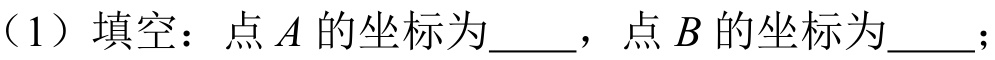
（1）填空：点 \(A\) 的坐标为  ，点 \(B\) 的坐标为  ；